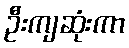
ဦးကျဆုံးကာ